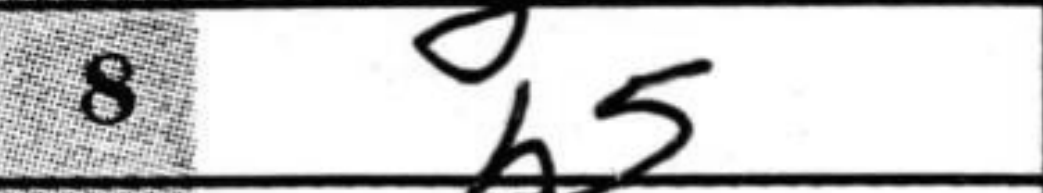
Transcription: b5